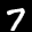
Label: 7